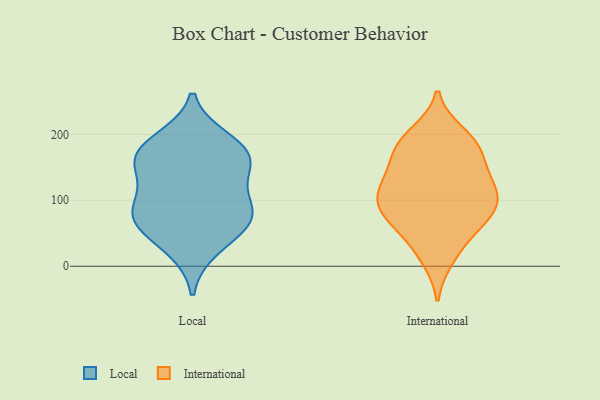
{"axis": {"x": "Bounce Rate (%)", "y": "Value"}, "legend": ["International", "Local"], "data": [{"x": "", "y": 150, "type": "Local"}, {"x": "", "y": 176, "type": "Local"}, {"x": "", "y": 190, "type": "Local"}, {"x": "", "y": 160, "type": "Local"}, {"x": "", "y": 28, "type": "Local"}, {"x": "", "y": 76, "type": "Local"}, {"x": "", "y": 61, "type": "Local"}, {"x": "", "y": 106, "type": "Local"}, {"x": "", "y": 79, "type": "Local"}, {"x": "", "y": 78, "type": "Local"}, {"x": "", "y": 163, "type": "Local"}, {"x": "", "y": 62, "type": "International"}, {"x": "", "y": 176, "type": "International"}, {"x": "", "y": 189, "type": "International"}, {"x": "", "y": 131, "type": "International"}, {"x": "", "y": 86, "type": "International"}, {"x": "", "y": 177, "type": "International"}, {"x": "", "y": 88, "type": "International"}, {"x": "", "y": 25, "type": "International"}, {"x": "", "y": 112, "type": "International"}, {"x": "", "y": 186, "type": "International"}, {"x": "", "y": 98, "type": "International"}, {"x": "", "y": 70, "type": "International"}, {"x": "", "y": 200, "type": "International"}, {"x": "", "y": 146, "type": "International"}, {"x": "", "y": 13, "type": "International"}, {"x": "", "y": 137, "type": "International"}, {"x": "", "y": 113, "type": "International"}, {"x": "", "y": 66, "type": "International"}, {"x": "", "y": 106, "type": "International"}]}